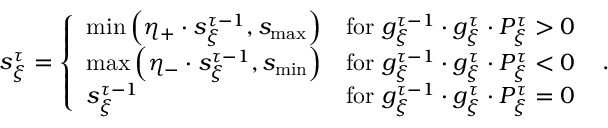
\begin{array} { r } { s _ { \xi } ^ { \tau } = \left\{ \begin{array} { l l } { \mathrm { m i n } \left( \eta _ { + } \cdot s _ { \xi } ^ { \tau - 1 } , s _ { \mathrm { m a x } } \right) } & { \mathrm { f o r } \ g _ { \xi } ^ { \tau - 1 } \cdot g _ { \xi } ^ { \tau } \cdot P _ { \xi } ^ { \tau } > 0 } \\ { \mathrm { m a x } \left( \eta _ { - } \cdot s _ { \xi } ^ { \tau - 1 } , s _ { \mathrm { m i n } } \right) } & { \mathrm { f o r } \ g _ { \xi } ^ { \tau - 1 } \cdot g _ { \xi } ^ { \tau } \cdot P _ { \xi } ^ { \tau } < 0 } \\ { s _ { \xi } ^ { \tau - 1 } } & { \mathrm { f o r } \ g _ { \xi } ^ { \tau - 1 } \cdot g _ { \xi } ^ { \tau } \cdot P _ { \xi } ^ { \tau } = 0 } \end{array} \right. \ . } \end{array}